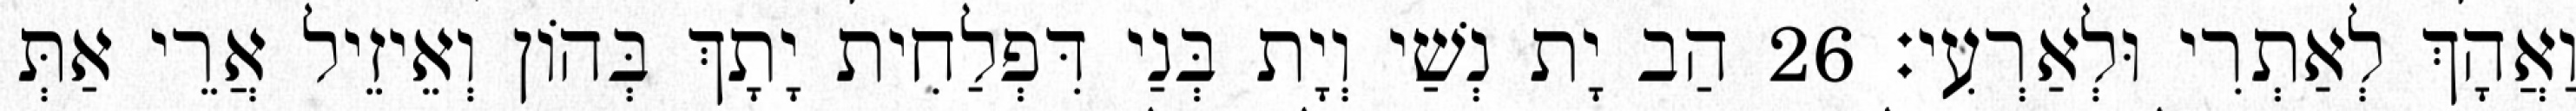
וַאֲהָךְ לְאַתְרִי וּלְאַרְעִי׃ 26 הַב יָת נְשַׁי וְיָת בְּנַי דִּפְלַחִית יָתָךְ בְּהוֹן וְאֵיזֵיל אֲרֵי אַתְּ